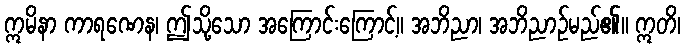
ဣမိနာ ကာရဏေန၊ ဤသို့သော အကြောင်းကြောင့်။ အဘိညာ၊ အဘိညာဉ်မည်၏။ ဣတိ၊